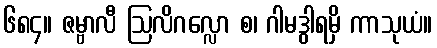
၆၈၄။ ဇမ္ဗာလီ ဩလိဂလ္လော စ၊ ဂါမဒွါရမှိ ကာသုယံ။